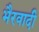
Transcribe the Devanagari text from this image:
भैरवादी